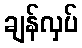
ချန်လှပ်